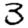
Digit: 3